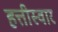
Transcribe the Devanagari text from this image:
हत्तीस्वार